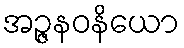
အဉ္ဇနဝနိယော